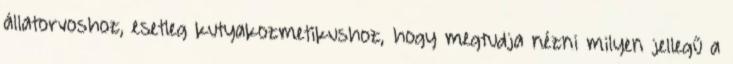
állatorvoshoz, esetleg kutyakozmetikushoz, hogy megtudja nézni milyen jellegű a